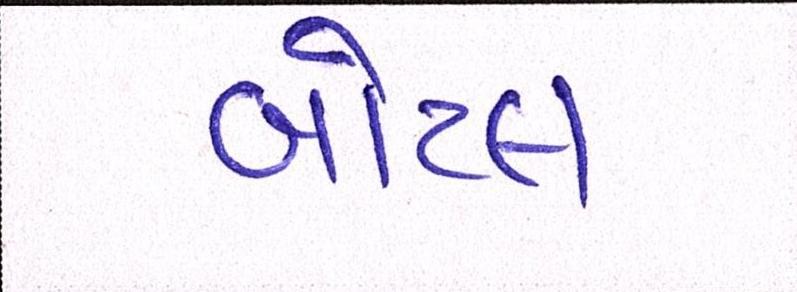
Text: બોટલ